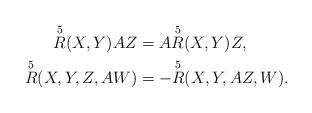
LaTeX: \begin{align*}\overset{5}{R} (X,Y)AZ & = A\overset{5}{R} (X,Y)Z, \\\overset{5}{R} (X,Y,Z,AW) & = - \overset{5}{R} (X,Y,AZ,W).\end{align*}